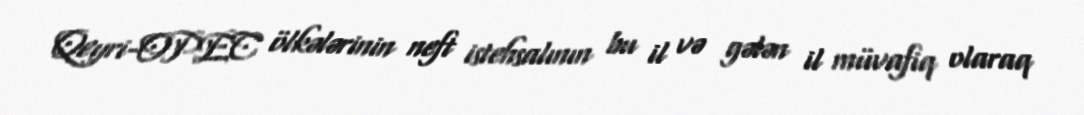
Qeyri-OPEC ölkələrinin neft istehsalının bu il və gələn il müvafiq olaraq